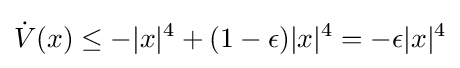
{\dot {V}}(x)\leq -|x|^{4}+(1-\epsilon )|x|^{4}=-\epsilon |x|^{4}